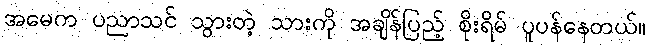
အမေက ပညာသင် သွားတဲ့ သားကို အချိန်ပြည့် စိုးရိမ် ပူပန်နေတယ်။